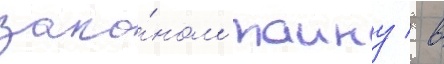
зако́ном таину / в